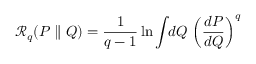
\mathcal { R } _ { q } ( P \parallel Q ) = \frac { 1 } { q - 1 } \ln \int \! \! d Q \, \left( \frac { d P } { d Q } \right) ^ { q }